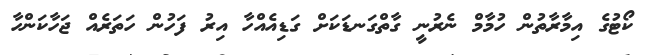
ކޯޓުގެ އިމާރާތުން ހުމާމް ނެރުނީ ގާތްގަނޑަކަށް ގަޑިއެއްހާ އިރު ފަހުން ހަތަރެއް ޖަހާކަންހާ